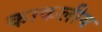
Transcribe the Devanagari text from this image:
काकलीय